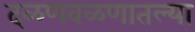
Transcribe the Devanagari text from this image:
दळणवळणातल्या